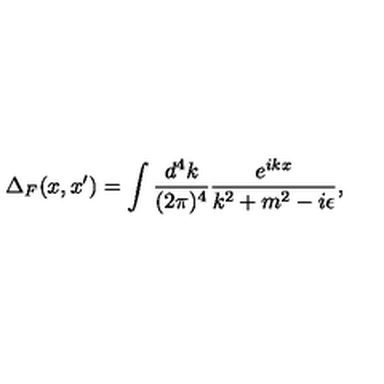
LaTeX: \Delta _ { F } ( x , x ^ { \prime } ) = \int { \frac { d ^ { 4 } k } { ( 2 \pi ) ^ { 4 } } } { \frac { e ^ { i k x } } { k ^ { 2 } + m ^ { 2 } - i \epsilon } } ,